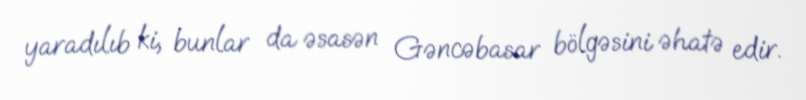
yaradılıb ki, bunlar da əsasən Gəncəbasar bölgəsini əhatə edir.